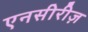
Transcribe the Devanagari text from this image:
एनसीरीज़